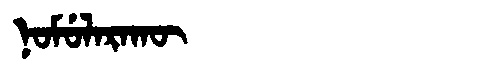
Manchu: ᠨᠣᠮᡠᠯᠠᡵᠠᡴᡡ
Romanization: NOMULARAKŪ